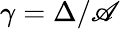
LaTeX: \gamma=\Delta/\mathscr{A}